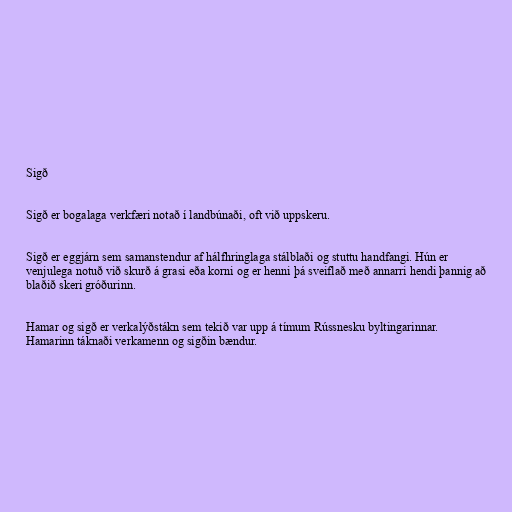
Sigð

Sigð er bogalaga verkfæri notað í landbúnaði, oft við uppskeru.

Sigð er eggjárn sem samanstendur af hálfhringlaga stálblaði og stuttu handfangi. Hún er
venjulega notuð við skurð á grasi eða korni og er henni þá sveiflað með annarri hendi þannig að
blaðið skeri gróðurinn.

Hamar og sigð er verkalýðstákn sem tekið var upp á tímum Rússnesku byltingarinnar.
Hamarinn táknaði verkamenn og sigðin bændur.